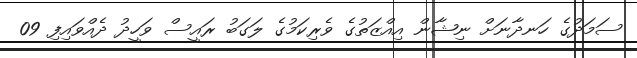
ސަމަދުގެ ހަނދާނަށް ނިޝާން އިއްޒަތުގެ ވެރިކަމުގެ ލަގަބު ރައީސް ވަހީދު ދެއްވައިފި 09